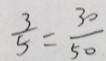
\frac { 3 } { 5 } = \frac { 3 0 } { 5 0 }